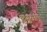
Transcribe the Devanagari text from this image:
फ्रुगुसोन्